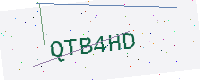
Text: QTB4HD